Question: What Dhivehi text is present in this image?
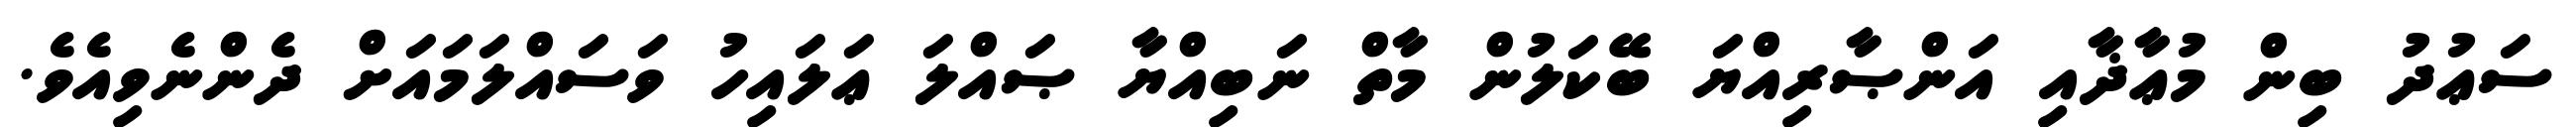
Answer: ސަޢުދު ބިން މުޢާޛާއި އަންޞާރިއްޔަ ބޭކަލުން މާތް ނަބިއްޔާ ޞައްލަ ޢަލައިހު ވަސައްލަމައަށް ދެންނެވިއެވެ.